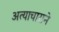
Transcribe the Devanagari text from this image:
अत्याचाराने